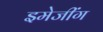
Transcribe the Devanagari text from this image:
इमेजींग